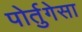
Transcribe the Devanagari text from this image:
पोर्तुगेसा